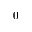
0